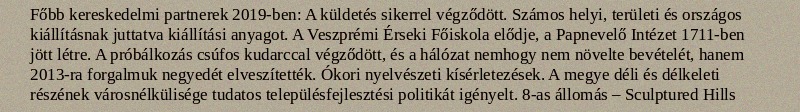
Főbb kereskedelmi partnerek 2019-ben: A küldetés sikerrel végződött. Számos helyi, területi és országos kiállításnak juttatva kiállítási anyagot. A Veszprémi Érseki Főiskola elődje, a Papnevelő Intézet 1711-ben jött létre. A próbálkozás csúfos kudarccal végződött, és a hálózat nemhogy nem növelte bevételét, hanem 2013-ra forgalmuk negyedét elveszítették. Ókori nyelvészeti kísérletezések. A megye déli és délkeleti részének városnélkülisége tudatos településfejlesztési politikát igényelt. 8-as állomás – Sculptured Hills